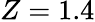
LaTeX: Z=1.4